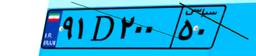
۹۱D۲۰۰۵۰